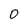
Character: 0